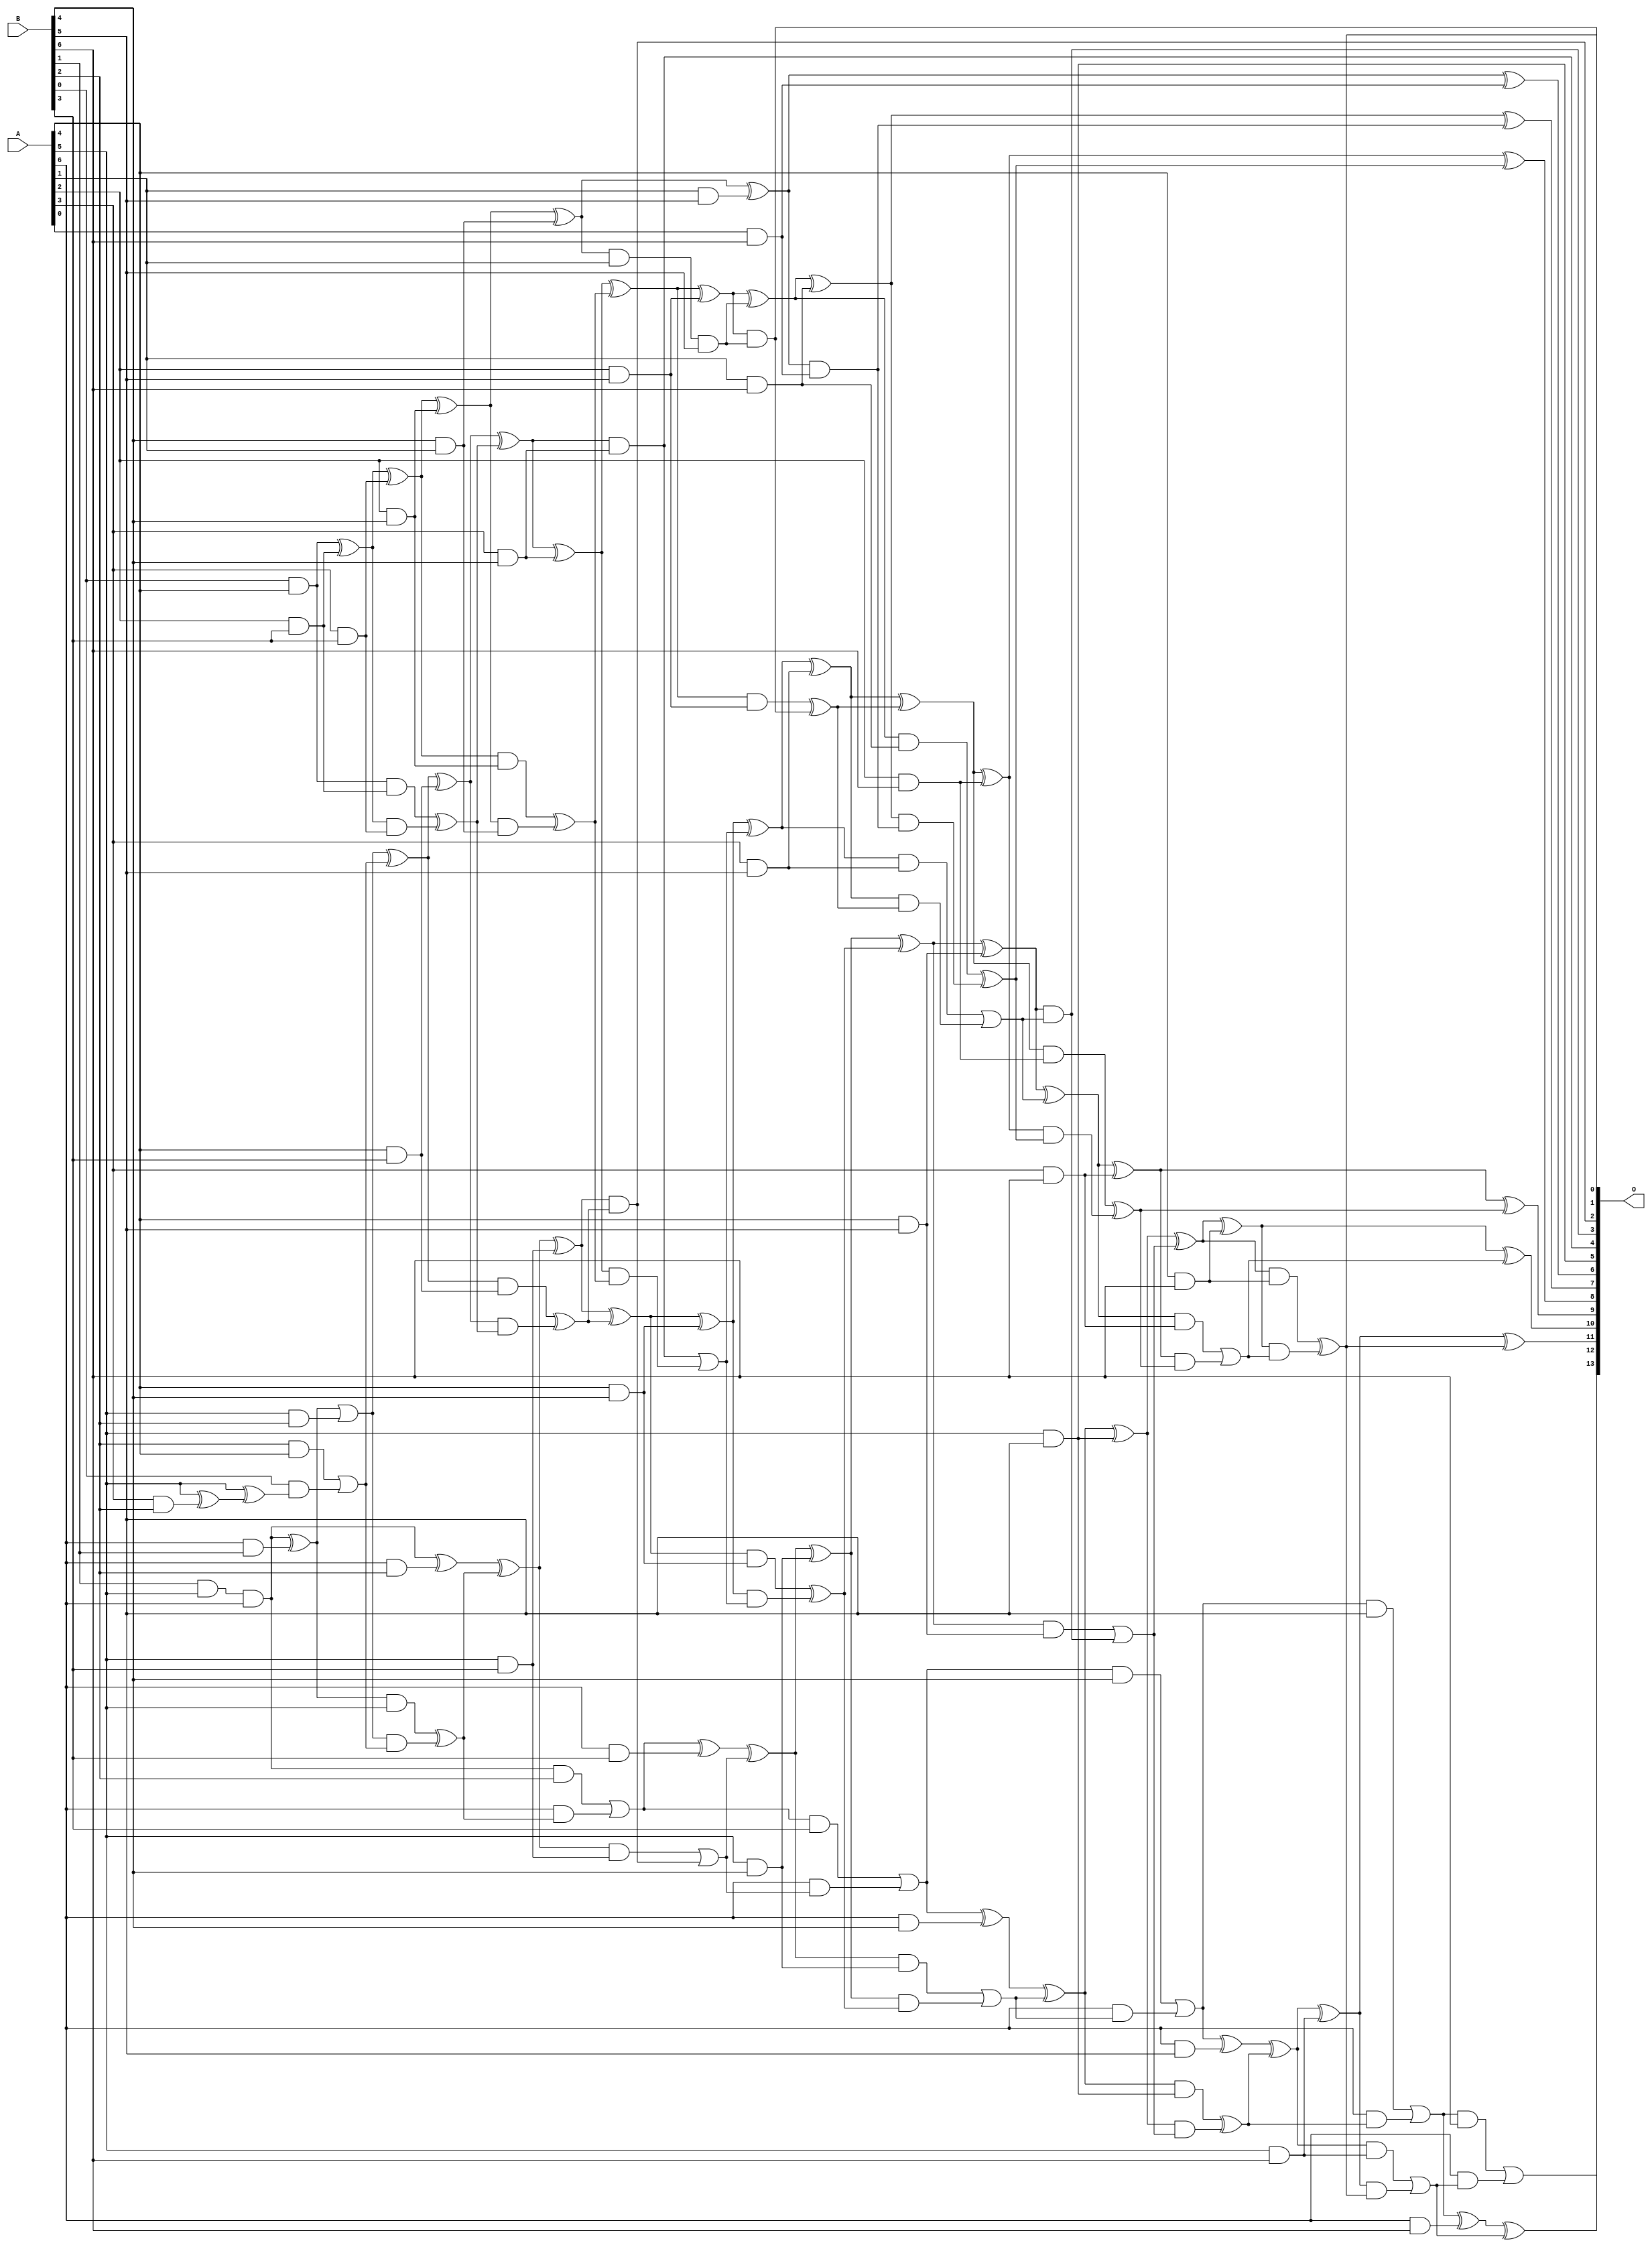
/***
* This code is a part of EvoApproxLib library (ehw.fit.vutbr.cz/approxlib) distributed under The MIT License.
* When used, please cite the following article(s): V. Mrazek, S. S. Sarwar, L. Sekanina, Z. Vasicek and K. Roy, "Design of power-efficient approximate multipliers for approximate artificial neural networks," 2016 IEEE/ACM International Conference on Computer-Aided Design (ICCAD), Austin, TX, 2016, pp. 1-7. doi: 10.1145/2966986.2967021 
* This file contains a circuit from a sub-set of pareto optimal circuits with respect to the pwr and wce parameters
***/
// MAE% = 0.27 %
// MAE = 45 
// WCE% = 0.94 %
// WCE = 154 
// WCRE% = 300.00 %
// EP% = 95.21 %
// MRE% = 5.62 %
// MSE = 3099 
// PDK45_PWR = 0.173 mW
// PDK45_AREA = 375.0 um2
// PDK45_DELAY = 1.28 ns


module mul7u_073(A, B, O);
  input [6:0] A, B;
  output [13:0] O;
  wire [6:0] A, B;
  wire [13:0] O;
  wire sig_27, sig_51, sig_54, sig_55, sig_56, sig_60;
  wire sig_62, sig_63, sig_76, sig_78, sig_80, sig_82;
  wire sig_83, sig_84, sig_85, sig_86, sig_87, sig_88;
  wire sig_89, sig_90, sig_91, sig_92, sig_93, sig_94;
  wire sig_95, sig_99, sig_100, sig_101, sig_102, sig_114;
  wire sig_115, sig_116, sig_117, sig_118, sig_119, sig_120;
  wire sig_121, sig_122, sig_123, sig_124, sig_125, sig_126;
  wire sig_128, sig_129, sig_130, sig_131, sig_132, sig_133;
  wire sig_134, sig_137, sig_138, sig_139, sig_140, sig_141;
  wire sig_148, sig_149, sig_150, sig_151, sig_152, sig_153;
  wire sig_154, sig_156, sig_157, sig_158, sig_159, sig_160;
  wire sig_161, sig_162, sig_163, sig_164, sig_165, sig_166;
  wire sig_167, sig_168, sig_169, sig_170, sig_171, sig_172;
  wire sig_173, sig_175, sig_176, sig_177, sig_178, sig_180;
  wire sig_183, sig_184, sig_186, sig_187, sig_188, sig_189;
  wire sig_191, sig_192, sig_193, sig_194, sig_195, sig_196;
  wire sig_197, sig_198, sig_199, sig_201, sig_202, sig_203;
  wire sig_204, sig_205, sig_206, sig_207, sig_208, sig_209;
  wire sig_210, sig_211, sig_212, sig_213, sig_214, sig_215;
  wire sig_216, sig_217, sig_218, sig_219, sig_221, sig_222;
  wire sig_223, sig_224, sig_226, sig_227, sig_228, sig_229;
  wire sig_231, sig_232, sig_233, sig_234, sig_236, sig_237;
  wire sig_238, sig_239, sig_242, sig_243, sig_244, sig_246;
  wire sig_247, sig_248, sig_249;
  assign sig_27 = A[6] & B[1];
  assign sig_51 = B[1] & A[5];
  assign sig_54 = sig_51 & A[6];
  assign sig_55 = sig_54 ^ sig_27;
  assign sig_56 = sig_54;
  assign sig_60 = A[3] & B[2];
  assign sig_62 = A[5] & B[2];
  assign sig_63 = A[6] & B[2];
  assign sig_76 = A[5] ^ sig_60;
  assign sig_78 = sig_76;
  assign sig_80 = A[5] ^ sig_78;
  assign sig_82 = B[2] & A[4];
  assign sig_83 = B[0] & sig_80;
  assign sig_84 = B[0] & A[4];
  assign sig_85 = sig_82 | sig_83;
  assign sig_86 = sig_55 | sig_62;
  assign sig_87 = sig_55 & A[5];
  assign sig_88 = sig_86 & sig_85;
  assign sig_89 = sig_86 ^ sig_85;
  assign sig_90 = sig_87 ^ sig_88;
  assign sig_91 = sig_56 ^ sig_63;
  assign sig_92 = sig_56 & B[2];
  assign sig_93 = A[6] & sig_90;
  assign sig_94 = sig_91 ^ sig_90;
  assign sig_95 = sig_92 | sig_93;
  assign sig_99 = A[2] & B[3];
  assign sig_100 = A[4] & B[3];
  assign sig_101 = A[5] & B[3];
  assign sig_102 = A[6] & B[3];
  assign sig_114 = A[3] & B[3];
  assign sig_115 = sig_84 ^ sig_99;
  assign sig_116 = sig_84 & sig_99;
  assign sig_117 = sig_115 & sig_114;
  assign sig_118 = sig_115 ^ sig_114;
  assign sig_119 = sig_116 ^ sig_117;
  assign sig_120 = sig_89 ^ sig_100;
  assign sig_121 = sig_89 & sig_100;
  assign sig_122 = sig_120 & sig_119;
  assign sig_123 = sig_120 ^ sig_119;
  assign sig_124 = sig_121 ^ sig_122;
  assign sig_125 = sig_94 ^ sig_101;
  assign sig_126 = sig_94 & sig_101;
  assign O[2] = sig_125 & sig_124;
  assign sig_128 = sig_125 ^ sig_124;
  assign sig_129 = sig_126 | O[2];
  assign sig_130 = sig_95 ^ sig_102;
  assign sig_131 = sig_95 & B[3];
  assign sig_132 = A[6] & sig_129;
  assign sig_133 = sig_130 ^ sig_129;
  assign sig_134 = sig_131 | sig_132;
  assign sig_137 = A[2] & B[4];
  assign sig_138 = A[3] & B[4];
  assign sig_139 = A[4] & B[4];
  assign sig_140 = A[5] & B[4];
  assign sig_141 = A[6] & B[4];
  assign sig_148 = B[4] & A[1];
  assign sig_149 = sig_118 ^ sig_137;
  assign sig_150 = sig_118 & sig_137;
  assign sig_151 = sig_149 & sig_148;
  assign sig_152 = sig_149 ^ sig_148;
  assign sig_153 = sig_150 ^ sig_151;
  assign sig_154 = sig_123 ^ sig_138;
  assign O[4] = sig_123 & sig_138;
  assign sig_156 = sig_154 & sig_153;
  assign sig_157 = sig_154 ^ sig_153;
  assign sig_158 = O[4] | sig_156;
  assign sig_159 = sig_128 ^ sig_139;
  assign sig_160 = sig_128 & sig_139;
  assign sig_161 = sig_159 & sig_158;
  assign sig_162 = sig_159 ^ sig_158;
  assign sig_163 = sig_160 ^ sig_161;
  assign sig_164 = sig_133 ^ sig_140;
  assign sig_165 = sig_133 & sig_140;
  assign sig_166 = sig_164 & sig_163;
  assign sig_167 = sig_164 ^ sig_163;
  assign sig_168 = sig_165 | sig_166;
  assign sig_169 = sig_134 ^ sig_141;
  assign sig_170 = sig_134 & B[4];
  assign sig_171 = A[6] & sig_168;
  assign sig_172 = sig_169 ^ sig_168;
  assign sig_173 = sig_170 | sig_171;
  assign sig_175 = A[1] & B[5];
  assign sig_176 = A[2] & B[5];
  assign sig_177 = A[3] & B[5];
  assign sig_178 = A[4] & B[5];
  assign O[5] = A[5] & B[5];
  assign sig_180 = A[6] & B[5];
  assign sig_183 = sig_152 ^ sig_175;
  assign sig_184 = sig_152 & A[1];
  assign sig_186 = sig_183;
  assign sig_187 = sig_184 & B[5];
  assign sig_188 = sig_157 ^ sig_176;
  assign sig_189 = sig_157 & sig_176;
  assign O[1] = sig_188 & sig_187;
  assign sig_191 = sig_188 ^ sig_187;
  assign sig_192 = sig_189 ^ O[1];
  assign sig_193 = sig_162 ^ sig_177;
  assign sig_194 = sig_162 & sig_177;
  assign sig_195 = sig_193 & sig_192;
  assign sig_196 = sig_193 ^ sig_192;
  assign sig_197 = sig_194 | sig_195;
  assign sig_198 = sig_167 ^ sig_178;
  assign sig_199 = sig_167 & sig_178;
  assign O[3] = sig_198 & sig_197;
  assign sig_201 = sig_198 ^ sig_197;
  assign sig_202 = sig_199 | O[3];
  assign sig_203 = sig_172 ^ O[5];
  assign sig_204 = sig_172 & O[5];
  assign sig_205 = sig_203 & sig_202;
  assign sig_206 = sig_203 ^ sig_202;
  assign sig_207 = sig_204 ^ sig_205;
  assign sig_208 = sig_173 ^ sig_180;
  assign sig_209 = sig_173 & B[5];
  assign sig_210 = A[6] & sig_207;
  assign sig_211 = sig_208 ^ sig_207;
  assign sig_212 = sig_209 | sig_210;
  assign sig_213 = A[0] & B[6];
  assign sig_214 = A[1] & B[6];
  assign sig_215 = A[2] & B[6];
  assign sig_216 = A[3] & B[6];
  assign sig_217 = A[4] & B[6];
  assign sig_218 = A[5] & B[6];
  assign sig_219 = A[6] & B[6];
  assign O[6] = sig_186 ^ sig_213;
  assign sig_221 = sig_186 & sig_213;
  assign sig_222 = sig_191 ^ sig_214;
  assign sig_223 = sig_191 & sig_214;
  assign sig_224 = sig_222 & sig_221;
  assign O[7] = sig_222 ^ sig_221;
  assign sig_226 = sig_223 ^ sig_224;
  assign sig_227 = sig_196 ^ sig_215;
  assign sig_228 = sig_196 & sig_215;
  assign sig_229 = sig_227 & sig_226;
  assign O[8] = sig_227 ^ sig_226;
  assign sig_231 = sig_228 ^ sig_229;
  assign sig_232 = sig_201 ^ sig_216;
  assign sig_233 = sig_201 & sig_216;
  assign sig_234 = sig_232 & sig_231;
  assign O[9] = sig_232 ^ sig_231;
  assign sig_236 = sig_233 | sig_234;
  assign sig_237 = sig_206 ^ sig_217;
  assign sig_238 = sig_206 & sig_217;
  assign sig_239 = sig_237 & sig_236;
  assign O[10] = sig_237 ^ sig_236;
  assign O[0] = sig_238 ^ sig_239;
  assign sig_242 = sig_211 ^ sig_218;
  assign sig_243 = sig_211 & sig_218;
  assign sig_244 = sig_242 & O[0];
  assign O[11] = sig_242 ^ O[0];
  assign sig_246 = sig_243 | sig_244;
  assign sig_247 = sig_212 ^ sig_219;
  assign sig_248 = sig_212 & B[6];
  assign sig_249 = A[6] & sig_246;
  assign O[12] = sig_247 ^ sig_246;
  assign O[13] = sig_248 | sig_249;
endmodule